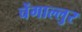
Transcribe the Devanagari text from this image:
चेंगाल्लुर